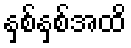
နှစ်နှစ်အထိ